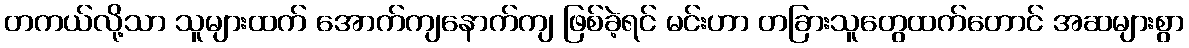
တကယ်လို့သာ သူများထက် အောက်ကျနောက်ကျ ဖြစ်ခဲ့ရင် မင်းဟာ တခြားသူတွေထက်တောင် အဆများစွာ